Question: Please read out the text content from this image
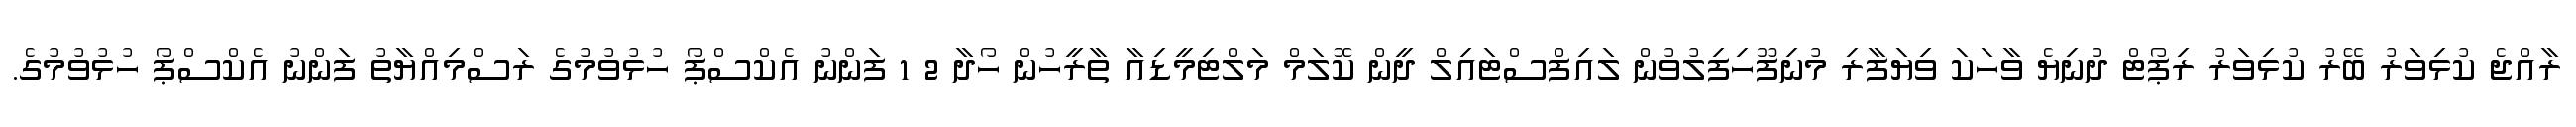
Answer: ރާއްޖެ ކުޅިވަރު ބޭރު ކުޅިވަރު ރިޕޯޓް ދުނިޔެ ވާހަކަ ވިޔަފާރި މުނިފޫހިފިލުވުން ލައިފްސްޓައިލް ދީން ކޮލަމް މަލްޓިމީޑިއާ ތާރީހުން ހޯދާ 2 1 ފަންނު އެކްސްޕޯ ހުޅުވުމުގެ ރަސްމިއްޔާތު ފަންނު އެކްސްޕޯ ހުޅުވުމުގެ.